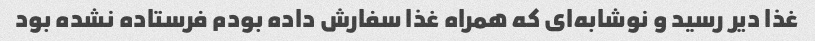
غذا دیر رسید و نوشابه‌ای که همراه غذا سفارش داده بودم فرستاده نشده بود